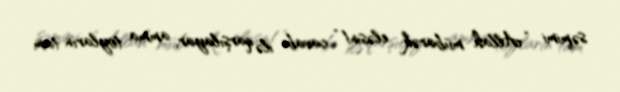
səmimi “Allah mübarək eləsin!” cavabı ilə qarşılayar, amma toyların tam